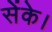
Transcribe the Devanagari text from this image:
सेंके।